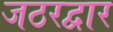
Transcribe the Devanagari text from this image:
जठरद्वार